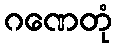
ဂဏေတုံ